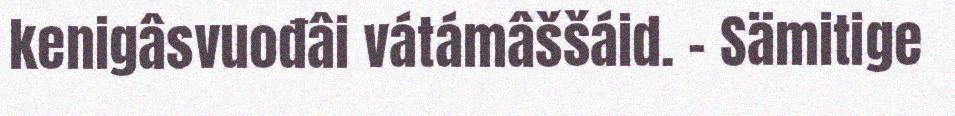
kenigâsvuođâi vátámâššáid. – Sämitige